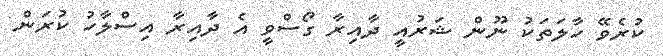
ކުރެވޭ ހާލަތަކު ނޫން ޝަރުއީ ދާއިރާ ގޯސްވީ އެ ދާއިރާ އިސްލާހު ކުރަން